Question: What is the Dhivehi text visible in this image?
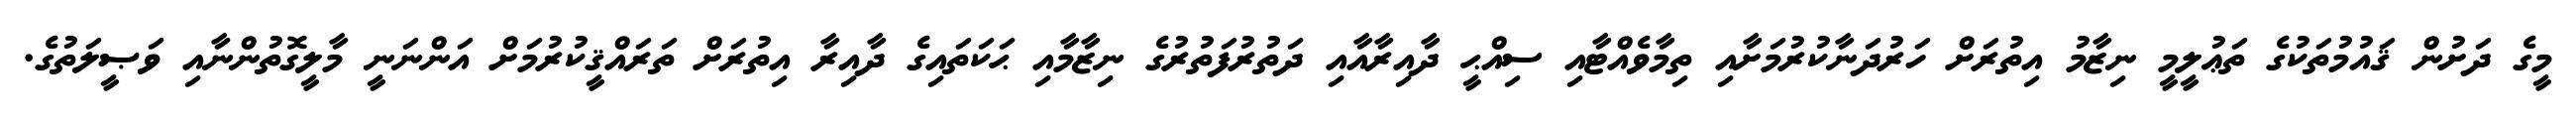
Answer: މީގެ ދަށުން ޤައުމުތަކުގެ ތަޢުލީމީ ނިޒާމު އިތުރަށް ހަރުދަނާކުރުމަށާއި ތިމާވެއްޓާއި ސިއްޙީ ދާއިރާއާއި ދަތުރުފަތުރުގެ ނިޒާމާއި ޙަކަތައިގެ ދާއިރާ އިތުރަށް ތަރައްޤީކުރުމަށް އަންނަނީ މާލީގޮތުންނާއި ވަޞީލަތުގެ.